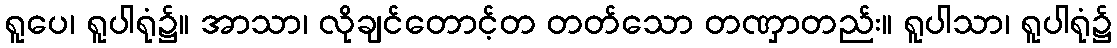
ရူပေ၊ ရူပါရုံ၌။ အာသာ၊ လိုချင်တောင့်တ တတ်သော တဏှာတည်း။ ရူပါသာ၊ ရူပါရုံ၌